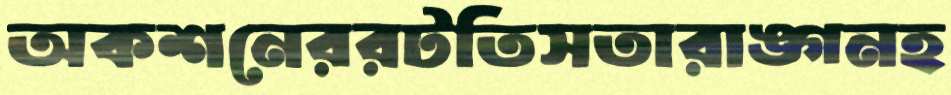
অকশনেররটতিসতারাঙ্গনহ